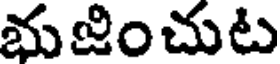
భుజించుట